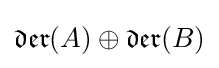
{\mathfrak {der}}(A)\oplus {\mathfrak {der}}(B)